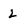
Character: 2